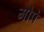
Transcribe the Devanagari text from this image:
मोपे